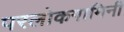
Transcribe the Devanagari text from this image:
परलोकगामिनी